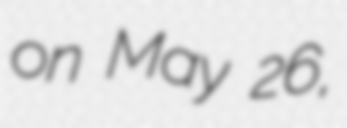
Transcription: on May 26,